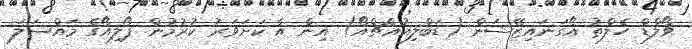
ވޯލްޑް ހެލްތު އޯގަނައިޒޭޝަން (ޑަބްލިއުއެޗްއޯ) އިން އެ ކަށަވަރު ކުރުމުން ޕޯލިއޯގެ މައްސަލަ